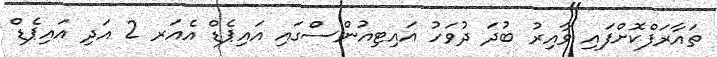
ތައާރަފްކޮށްފައި ވާއިރު ބުދަ ދުވަހު އައިޓިއުންސްގައި އައިޕެޑް އެއަރ 2 އަދި އައިޕެޑް